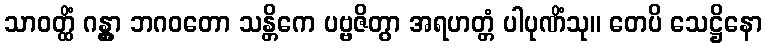
သာဝတ္ထိံ ဂန္တွာ ဘဂဝတော သန္တိကေ ပဗ္ဗဇိတွာ အရဟတ္တံ ပါပုဏိံသု။ တေပိ သေဋ္ဌိနော